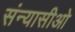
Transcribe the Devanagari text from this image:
संन्यासीओ